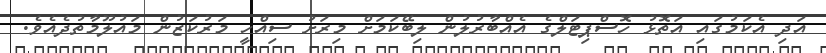
އަދި އެކަމުގައި އަތޮޅު ހޮސްޕިޓަލްގެ އެއްބާރުލުން ލިބޭކަމަށް މިރަށު ސިއްހީ މަރުކަޒުން މައުލޫމާތުދެއެވެ.